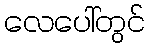
လေပေါ်တွင်